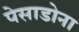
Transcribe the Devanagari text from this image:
पेसाडोना